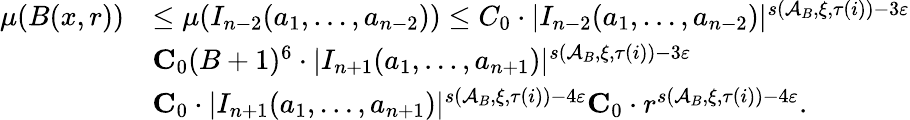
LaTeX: \begin{array}{rl}{\mu(B(x,r))}&{\leq\mu(I_{n-2}(a_{1},\ldots,a_{n-2}))\leq C_{0}\cdot|I_{n-2}(a_{1},\ldots,a_{n-2})|^{s(\mathcal{A}_{B},\xi,{\tau(i)})-3\varepsilon}}\\ &{\le C_{0}(B+1)^{6}\cdot|I_{n+1}(a_{1},\ldots,a_{n+1})|^{s(\mathcal{A}_{B},\xi,{\tau(i)})-3\varepsilon}}\\ &{\le C_{0}\cdot|I_{n+1}(a_{1},\ldots,a_{n+1})|^{s(\mathcal{A}_{B},\xi,{\tau(i)})-4\varepsilon}\le C_{0}\cdot r^{s(\mathcal{A}_{B},\xi,{\tau(i)})-4\varepsilon}.}\end{array}